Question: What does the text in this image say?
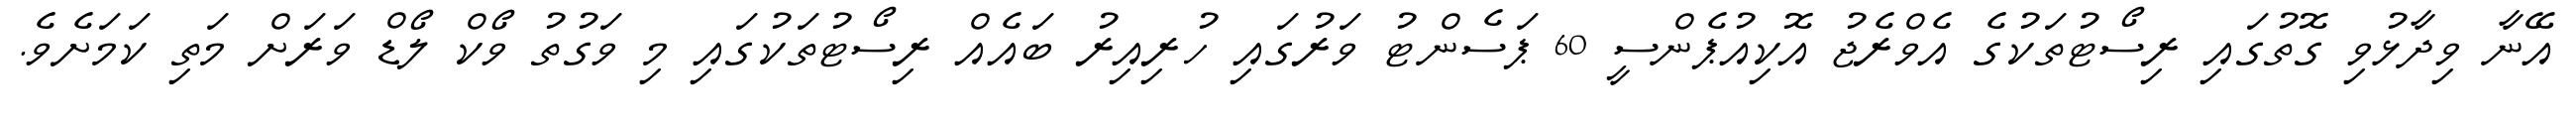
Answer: އޭނާ ވިދާޅުވި ގޮތުގައި ރިސޯޓުތަކުގެ އެވްރެޖު އޮކިއުޕެންސީ 60 ޕަސެންޓު ވަރުގައި ހުރިއިރު ބައެއް ރިސޯޓުތަކުގައި މި ވަގުތު ވޯކް ލޯޑް ވަރަށް މަތި ކަމަށެވެ.